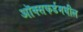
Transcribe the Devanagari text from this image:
ऑक्‍सफर्डमधील